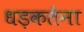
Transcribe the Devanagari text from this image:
धड़कतेना